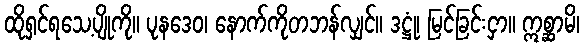
ထိုရှင်ရသေ့ပျိုကို။ ပုနဒေဝ၊ နောက်ကိုတဘန်လျှင်။ ဒဋ္ဌုံ၊ မြင်ခြင်းငှာ။ ဣစ္ဆာမိ၊